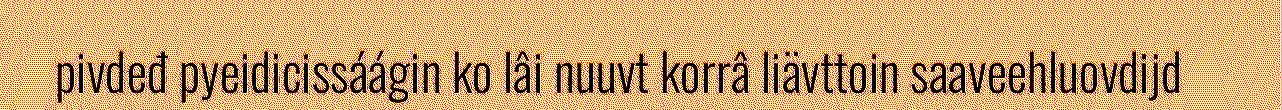
pivdeđ pyeidicissáágin ko lâi nuuvt korrâ liävttoin saaveehluovdijd